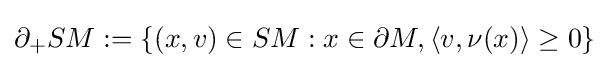
\partial _{+}SM:=\{(x,v)\in SM:x\in \partial M,\langle v,\nu (x)\rangle \geq 0\}